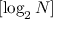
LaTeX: [ \log _ { 2 } N ]